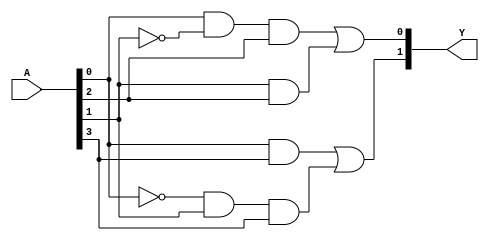
module PAL (
    input wire [n-1:0] A,  // n inputs
    output wire [m-1:0] Y  // m outputs
);

// Parameters for the number of inputs and outputs
parameter n = 4; // Number of inputs
parameter m = 2; // Number of outputs
parameter num_and_gates = 4; // Number of AND gates

// Internal wires for the outputs of the AND gates
wire [num_and_gates-1:0] and_out;

// Programmable AND gates
// Each AND gate can be programmed to respond to any combination of inputs
assign and_out[0] = A[0] & ~A[1] & A[2]; // Example product term 1
assign and_out[1] = A[1] & A[2];        // Example product term 2
assign and_out[2] = A[0] & A[3];        // Example product term 3
assign and_out[3] = ~A[0] & A[1] & A[3]; // Example product term 4

// Fixed OR gates
assign Y[0] = and_out[0] | and_out[1]; // Output Y1 combines outputs of AND gates
assign Y[1] = and_out[2] | and_out[3]; // Output Y2 combines outputs of AND gates

endmodule